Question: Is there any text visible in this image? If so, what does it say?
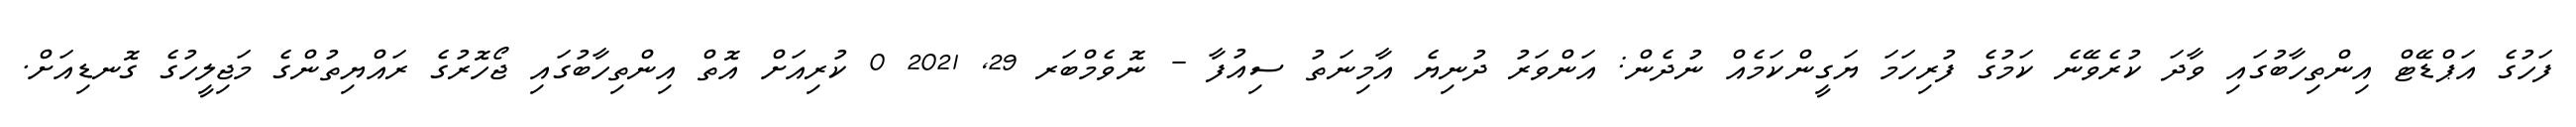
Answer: ފަހުގެ އަޕްޑޭޓް އިންތިހާބުގައި ވާދަ ކުރެވޭނެ ކަމުގެ ފުރިހަމަ ޔަގީންކަމެއް ނުދެން: އަންވަރު ދުނިޔެ އާމިނަތު ސިއުފާ - ނޮވެމްބަރ 29, 2021 0 ކުރިއަށް އޮތް އިންތިހާބުގައި ޖޯހޮރުގެ ރައްޔިތުންގެ މަޖިލީހުގެ ގޮނޑިއަށް.